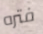
فتره